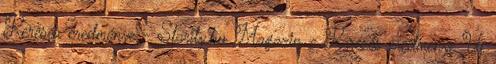
Keresés eredménye - Starity.hu Magazin - Keresés eredménye Új